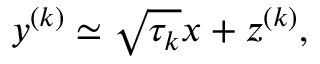
y ^ { ( k ) } \simeq \sqrt { \tau _ { k } } x + z ^ { ( k ) } ,